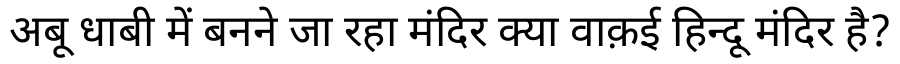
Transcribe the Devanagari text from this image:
अबू धाबी में बनने जा रहा मंदिर क्या वाक़ई हिन्दू मंदिर है?